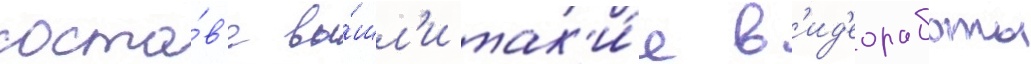
соста́в'е вы́шл'и так'и́е в'ид'еоработы